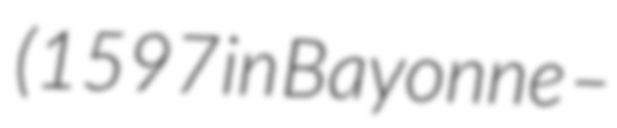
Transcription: (1597 in Bayonne –